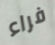
فراء